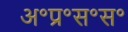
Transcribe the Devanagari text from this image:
अ॰प्र॰स॰स॰